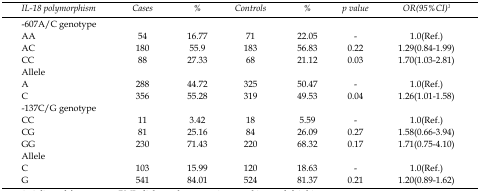
<table><thead><tr><td><b>IL-18 polymorphism</b></td><td><b>Cases</b></td><td><b>%</b></td><td><b>Controls</b></td><td><b>%</b></td><td><b>p value</b></td><td><b>OR(95%CI)<sup>1</sup></b></td></tr></thead><tbody><tr><td>-607A/C genotype</td><td></td><td></td><td></td><td></td><td></td><td></td></tr><tr><td>AA</td><td>54</td><td>16.77</td><td>71</td><td>22.05</td><td>-</td><td>1.0(Ref.)</td></tr><tr><td>AC</td><td>180</td><td>55.9</td><td>183</td><td>56.83</td><td>0.22</td><td>1.29(0.84-1.99)</td></tr><tr><td>CC</td><td>88</td><td>27.33</td><td>68</td><td>21.12</td><td>0.03</td><td>1.70(1.03-2.81)</td></tr><tr><td>Allele</td><td></td><td></td><td></td><td></td><td></td><td></td></tr><tr><td>A</td><td>288</td><td>44.72</td><td>325</td><td>50.47</td><td>-</td><td>1.0(Ref.)</td></tr><tr><td>C</td><td>356</td><td>55.28</td><td>319</td><td>49.53</td><td>0.04</td><td>1.26(1.01-1.58)</td></tr><tr><td>-137C/G genotype</td><td></td><td></td><td></td><td></td><td></td><td></td></tr><tr><td>CC</td><td>11</td><td>3.42</td><td>18</td><td>5.59</td><td>-</td><td>1.0(Ref.)</td></tr><tr><td>CG</td><td>81</td><td>25.16</td><td>84</td><td>26.09</td><td>0.27</td><td>1.58(0.66-3.94)</td></tr><tr><td>GG</td><td>230</td><td>71.43</td><td>220</td><td>68.32</td><td>0.17</td><td>1.71(0.75-4.10)</td></tr><tr><td>Allele</td><td></td><td></td><td></td><td></td><td></td><td></td></tr><tr><td>C</td><td>103</td><td>15.99</td><td>120</td><td>18.63</td><td>-</td><td>1.0(Ref.)</td></tr><tr><td>G</td><td>541</td><td>84.01</td><td>524</td><td>81.37</td><td>0.21</td><td>1.20(0.89-1.62)</td></tr></tbody></table>